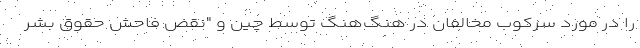
را در مورد سرکوب مخالفان در هنگ‌هنگ توسط چین و "نقض فاحش حقوق بشر